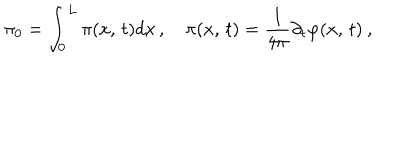
\pi _ { 0 } = \int _ { 0 } ^ { L } \pi ( x , \, t ) d x \, , \quad \pi ( x , \, t ) = \frac { 1 } { 4 \pi } \partial _ { t } \varphi ( x , \, t ) \: ,